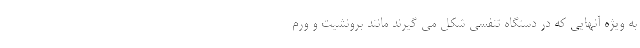
به ویژه آنهایی که در دستگاه تنفسی شکل می گیرند مانند برونشیت و ورم